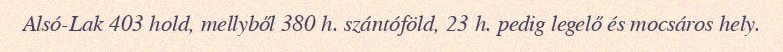
Alsó-Lak 403 hold, mellyből 380 h. szántóföld, 23 h. pedig legelő és mocsáros hely.